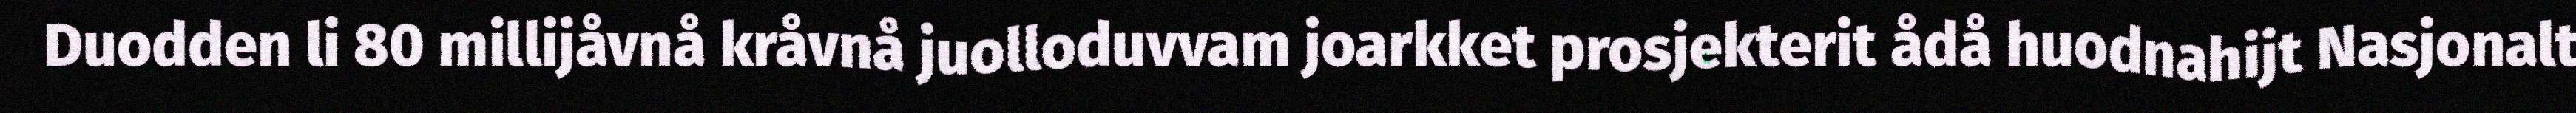
Duodden li 80 millijåvnå kråvnå juolloduvvam joarkket prosjekterit ådå huodnahijt Nasjonalt